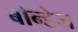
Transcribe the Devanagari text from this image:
बोन्डेज